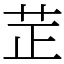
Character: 𦭒